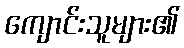
ကျောင်းသူများ၏